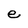
Character: e